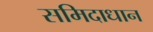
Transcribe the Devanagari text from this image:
समिदाधान